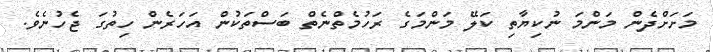
މަށަށްދެން މަންމަ ނުކިޔާތި ކަލޭ މަންމަގެ ރަހުމެތްނެތް ބަސްތަކުން އަހަރެން ހިތުގަ ޖެހުނެވެ.